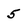
Character: 5